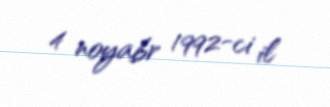
4 noyabr 1992-ci il